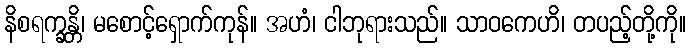
နိစရက္ခန္တိ၊ မစောင့်ရှောက်ကုန်။ အဟံ၊ ငါဘုရားသည်။ သာဝကေဟိ၊ တပည့်တို့ကို။